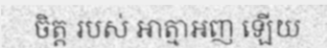
ចិត្ត របស់ ឤត្មាអញ ឡើយ